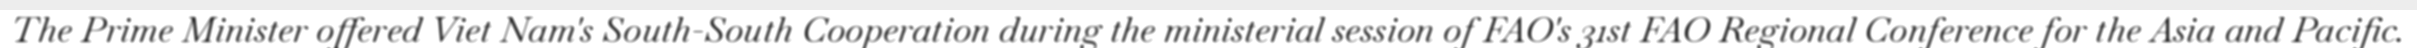
The Prime Minister offered Viet Nam's South-South Cooperation during the ministerial session of FAO's 31st FAO Regional Conference for the Asia and Pacific.